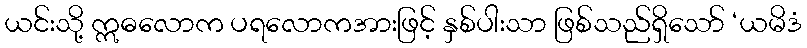
ယင်းသို့ ဣဓလောက ပရလောကအားဖြင့် နှစ်ပါးသာ ဖြစ်သည်ရှိသော် ‘ယမိဒံ